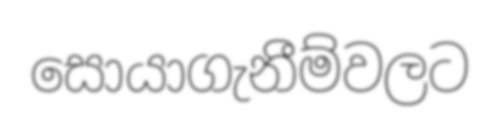
සොයාගැනීම්වලට